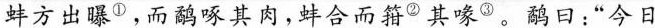
蚌方出曝^{①}，而鹬啄其肉，蚌合而箝^{②}其喙^{③}。鹬日：”今日